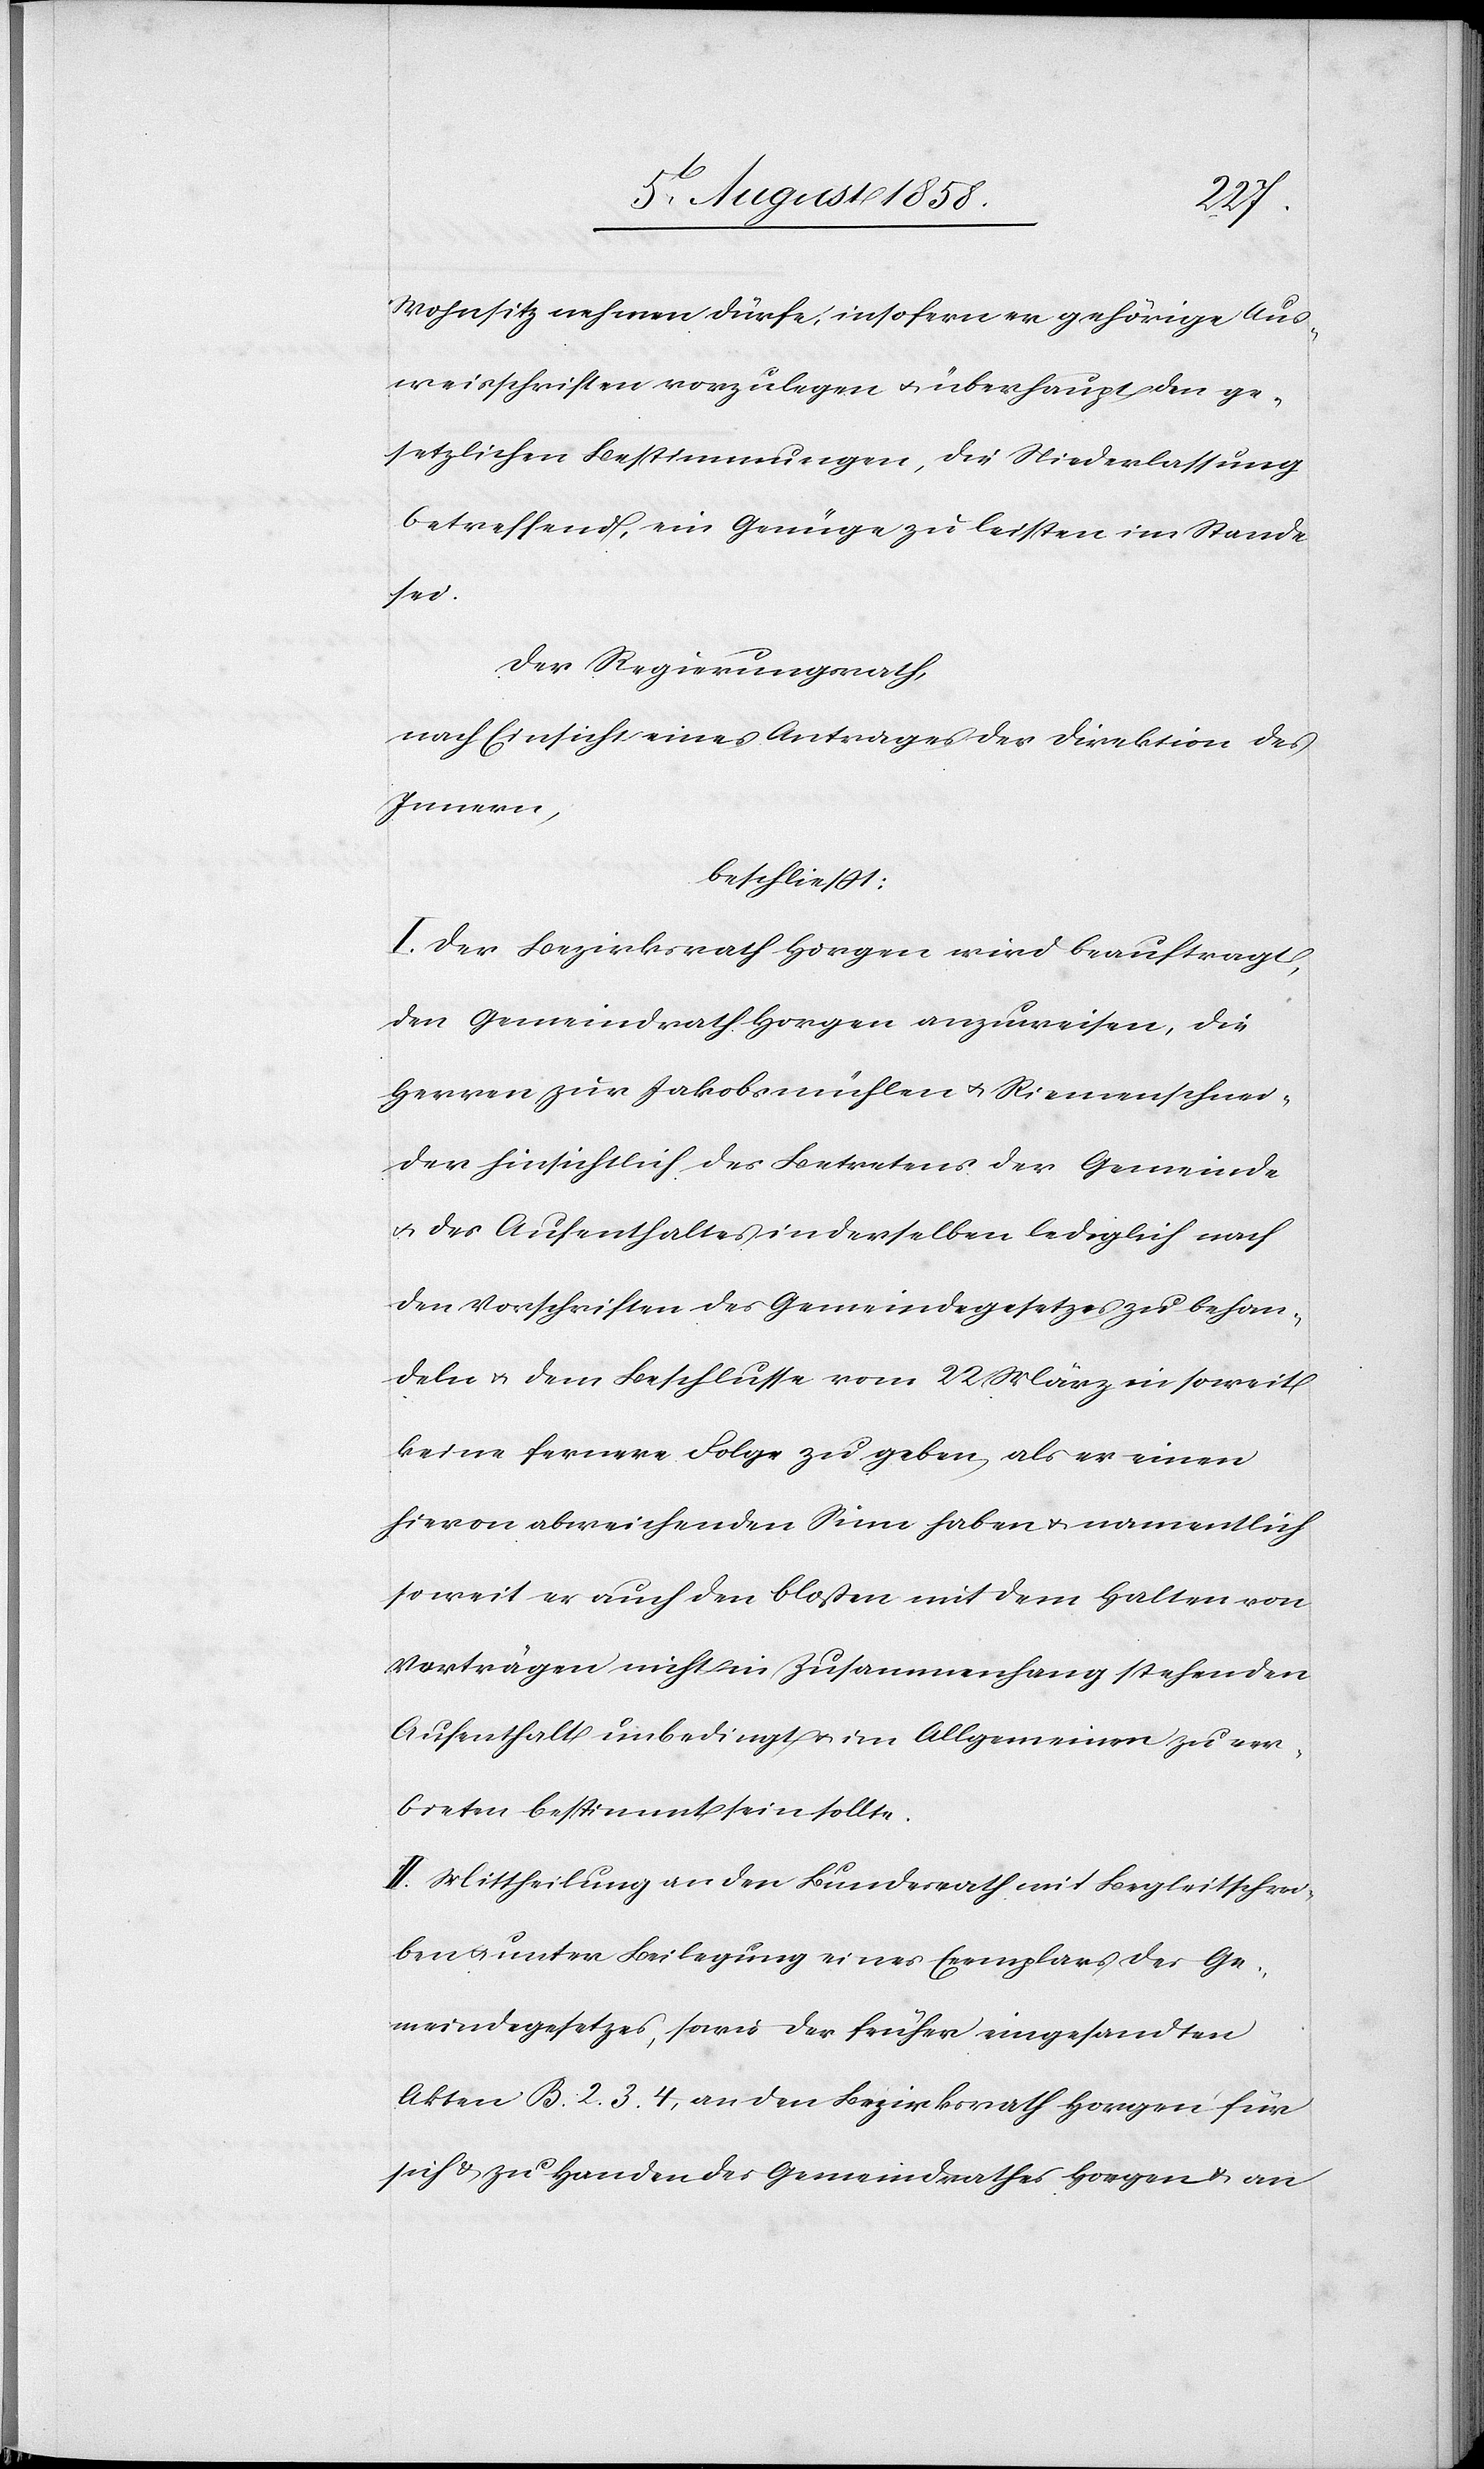
Wohnsitz nehmen dürfe, insofern er gehörige Aus¬
weisschriften vorzulegen & überhaupt den ge¬
setzlichen Bestimmungen, die Niederlassung
betreffend, ein Genüge zu leisten im Stande
sei.
Der Regierungsrath,
nach Einsicht eines Antrages der Direktion des
Innern,
beschliesst:
I. Der Bezirksrath Horgen wird beauftragt,
den Gemeindrath Horgen anzuweisen, die
Herren zur Jakobsmühlen & Riemenschnei¬
der hinsichtlich des Betretens der Gemeinde
& des Aufenthaltes in derselben lediglich nach
den Vorschriften des Gemeindegesetzes zu behan¬
deln & dem Beschlusse vom 22 März in soweit
keine fernere Folge zu geben, als er einen
hievon abweichenden Sinn haben & namentlich
soweit er auch den bloßen mit dem Halten von
Vorträgen nicht in Zusammenhang stehenden
Aufenthalt unbedingt & im Allgemeinen zu ver¬
bieten bestimmt sein sollte.
II. Mittheilung an den Bundesrath mit Begleitschrei¬
ben & unter Beilegung eines Exemplars des Ge¬
meindegesetzes, sowie der früher eingesandten
Akten B. 2. 3. 4, an den Bezirksrath Horgen für
sich & zu Handen des Gemeindrathes Horgen & an